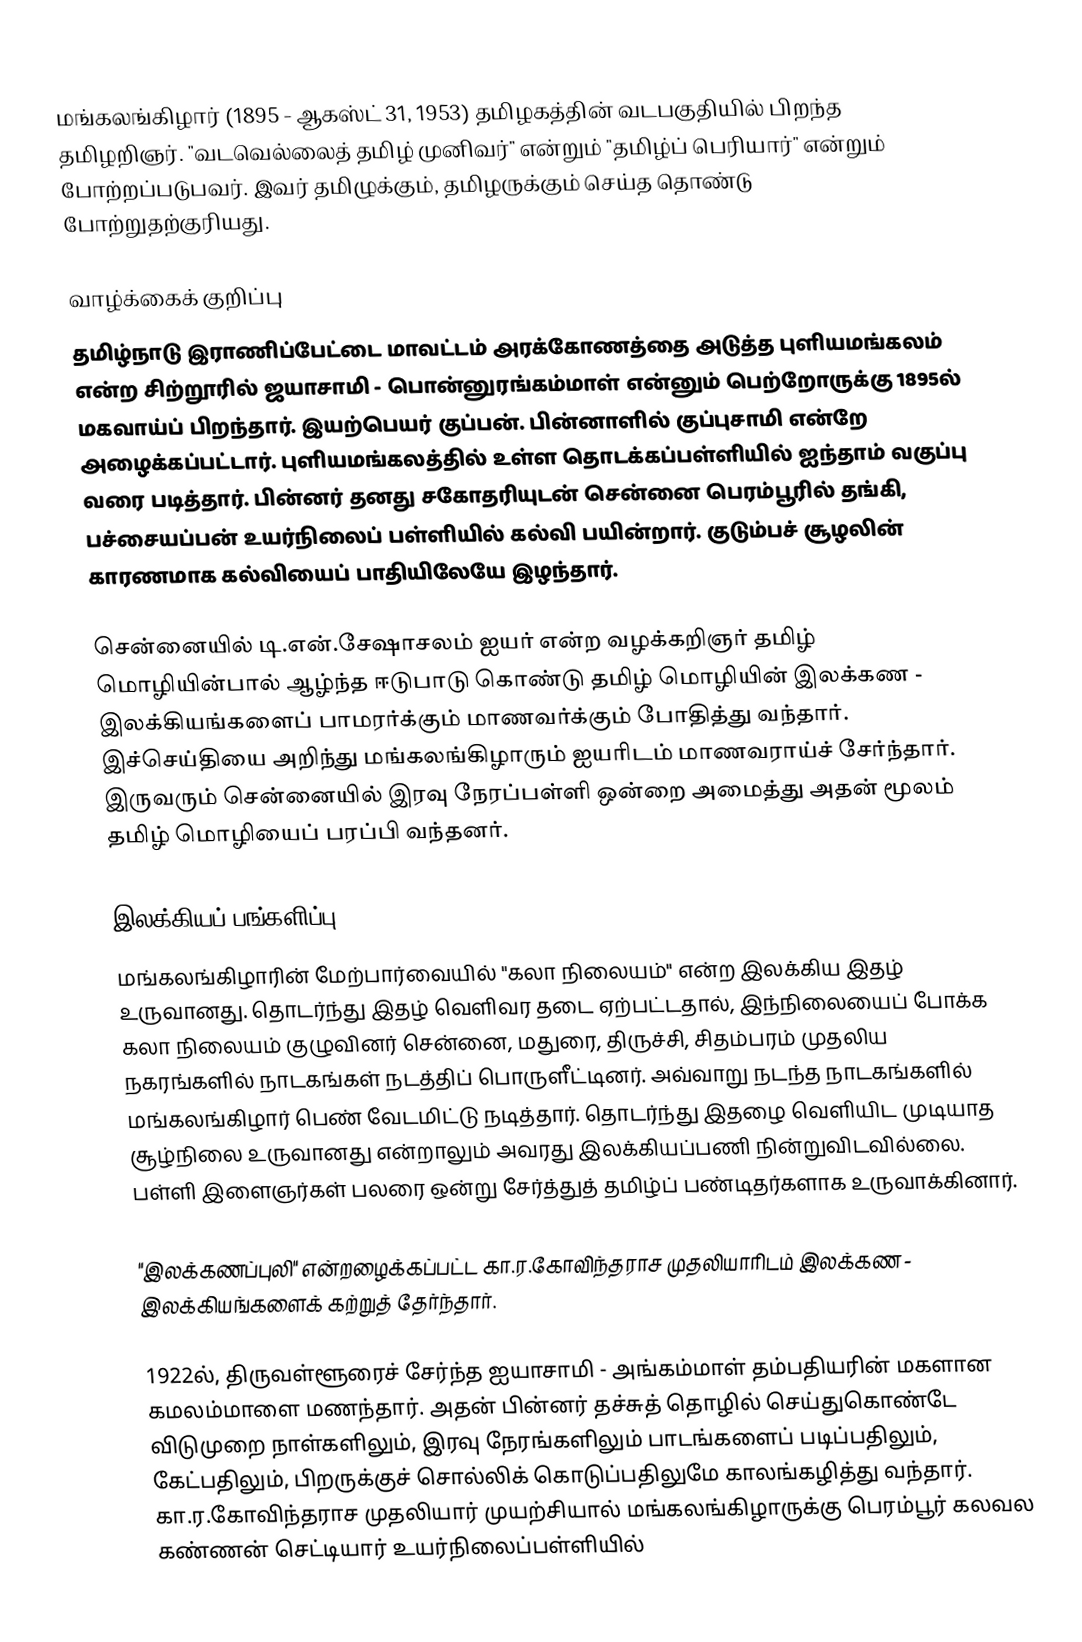
மங்கலங்கிழார் (1895 - ஆகஸ்ட் 31, 1953) தமிழகத்தின் வடபகுதியில் பிறந்த தமிழறிஞர். "வடவெல்லைத் தமிழ் முனிவர்" என்றும் "தமிழ்ப் பெரியார்" என்றும் போற்றப்படுபவர். இவர் தமிழுக்கும், தமிழருக்கும் செய்த தொண்டு போற்றுதற்குரியது.

வாழ்க்கைக் குறிப்பு
தமிழ்நாடு இராணிப்பேட்டை மாவட்டம் அரக்கோணத்தை அடுத்த புளியமங்கலம் என்ற சிற்றூரில் ஜயாசாமி - பொன்னுரங்கம்மாள் என்னும் பெற்றோருக்கு 1895ல் மகவாய்ப் பிறந்தார். இயற்பெயர் குப்பன். பின்னாளில் குப்புசாமி என்றே அழைக்கப்பட்டார். புளியமங்கலத்தில் உள்ள தொடக்கப்பள்ளியில் ஐந்தாம் வகுப்பு வரை படித்தார். பின்னர் தனது சகோதரியுடன் சென்னை பெரம்பூரில் தங்கி, பச்சையப்பன் உயர்நிலைப் பள்ளியில் கல்வி பயின்றார். குடும்பச் சூழலின் காரணமாக கல்வியைப் பாதியிலேயே இழந்தார்.

சென்னையில் டி.என்.சேஷாசலம் ஐயர் என்ற வழக்கறிஞர் தமிழ் மொழியின்பால் ஆழ்ந்த ஈடுபாடு கொண்டு தமிழ் மொழியின் இலக்கண - இலக்கியங்களைப் பாமரர்க்கும் மாணவர்க்கும் போதித்து வந்தார். இச்செய்தியை அறிந்து மங்கலங்கிழாரும் ஐயரிடம் மாணவராய்ச் சேர்ந்தார். இருவரும் சென்னையில் இரவு நேரப்பள்ளி ஒன்றை அமைத்து அதன் மூலம் தமிழ் மொழியைப் பரப்பி வந்தனர்.

இலக்கியப் பங்களிப்பு
மங்கலங்கிழாரின் மேற்பார்வையில் "கலா நிலையம்" என்ற இலக்கிய இதழ் உருவானது. தொடர்ந்து இதழ் வெளிவர தடை ஏற்பட்டதால், இந்நிலையைப் போக்க கலா நிலையம் குழுவினர் சென்னை, மதுரை, திருச்சி, சிதம்பரம் முதலிய நகரங்களில் நாடகங்கள் நடத்திப் பொருளீட்டினர். அவ்வாறு நடந்த நாடகங்களில் மங்கலங்கிழார் பெண் வேடமிட்டு நடித்தார். தொடர்ந்து இதழை வெளியிட முடியாத சூழ்நிலை உருவானது என்றாலும் அவரது இலக்கியப்பணி நின்றுவிடவில்லை. பள்ளி இளைஞர்கள் பலரை ஒன்று சேர்த்துத் தமிழ்ப் பண்டிதர்களாக உருவாக்கினார்.

"இலக்கணப்புலி" என்றழைக்கப்பட்ட கா.ர.கோவிந்தராச முதலியாரிடம் இலக்கண - இலக்கியங்களைக் கற்றுத் தேர்ந்தார்.

1922ல், திருவள்ளூரைச் சேர்ந்த ஐயாசாமி - அங்கம்மாள் தம்பதியரின் மகளான கமலம்மாளை மணந்தார். அதன் பின்னர் தச்சுத் தொழில் செய்துகொண்டே விடுமுறை நாள்களிலும், இரவு நேரங்களிலும் பாடங்களைப் படிப்பதிலும், கேட்பதிலும், பிறருக்குச் சொல்லிக் கொடுப்பதிலுமே காலங்கழித்து வந்தார். கா.ர.கோவிந்தராச முதலியார் முயற்சியால் மங்கலங்கிழாருக்கு பெரம்பூர் கலவல கண்ணன் செட்டியார் உயர்நிலைப்பள்ளியில்